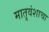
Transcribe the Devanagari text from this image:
मातृवंशाचा